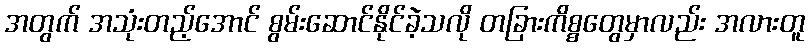
အတွက် အသုံးတည့်အောင် စွမ်းဆောင်နိုင်ခဲ့သလို တခြားကိစ္စတွေမှာလည်း အလားတူ